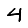
Digit: 4